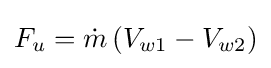
F_{u}={\dot {m}}\left(V_{w1}-V_{w2}\right)